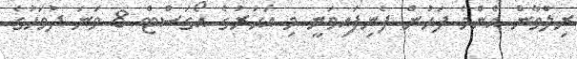
ރިލްވާން އެންމެ ފަހުން ފެނިފައިވަނީ މި އަހަރުގެ އޯގަސްޓް 8 ވަނަ ދުވަހުގެ